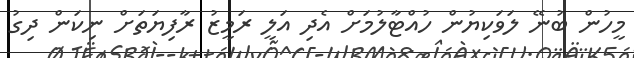
މީހުން ބުނޭ ލަވަކިޔުން ހުއްޓާލުމަށް އެދި އަލީ ރަމީޒު ރާފިޔަތަށް ނިކަން ދިގު